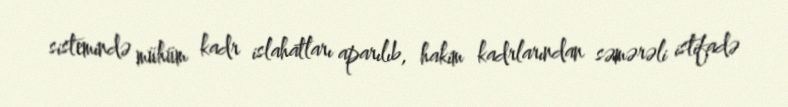
sistemində mühüm kadr islahatları aparılıb, hakim kadrlarından səmərəli istifadə